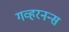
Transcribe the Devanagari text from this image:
गव्हरनन्स